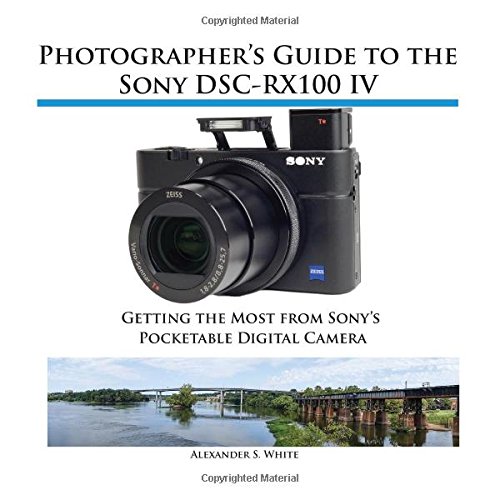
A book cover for Photographer's Guide to the Sony DSC-RX100 IV; Alexander S. White; Arts & Photography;